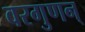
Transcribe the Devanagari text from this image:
वरगुणन्